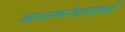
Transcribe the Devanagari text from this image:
आनात्मोपासकों